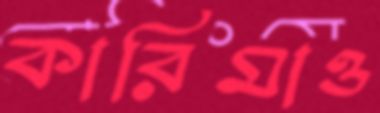
কারিমাও